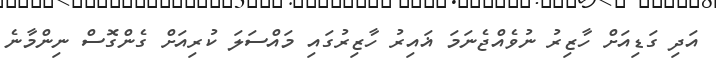
އަދި ގަޑިއަށް ހާޒިރު ނުވެއްޖެނަމަ ޣައިރު ހާޒިރުގައި މައްސަލަ ކުރިއަށް ގެންގޮސް ނިންމާނެ